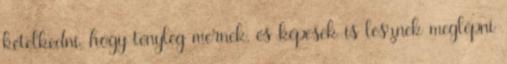
kételkedni, hogy tényleg mernek, és képesek is lesznek meglépni